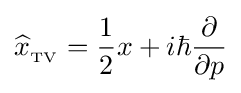
{\widehat {x}}_{{}_{\text{TV}}}={\frac {1}{2}}x+i\hbar {\frac {\partial }{\partial p}}